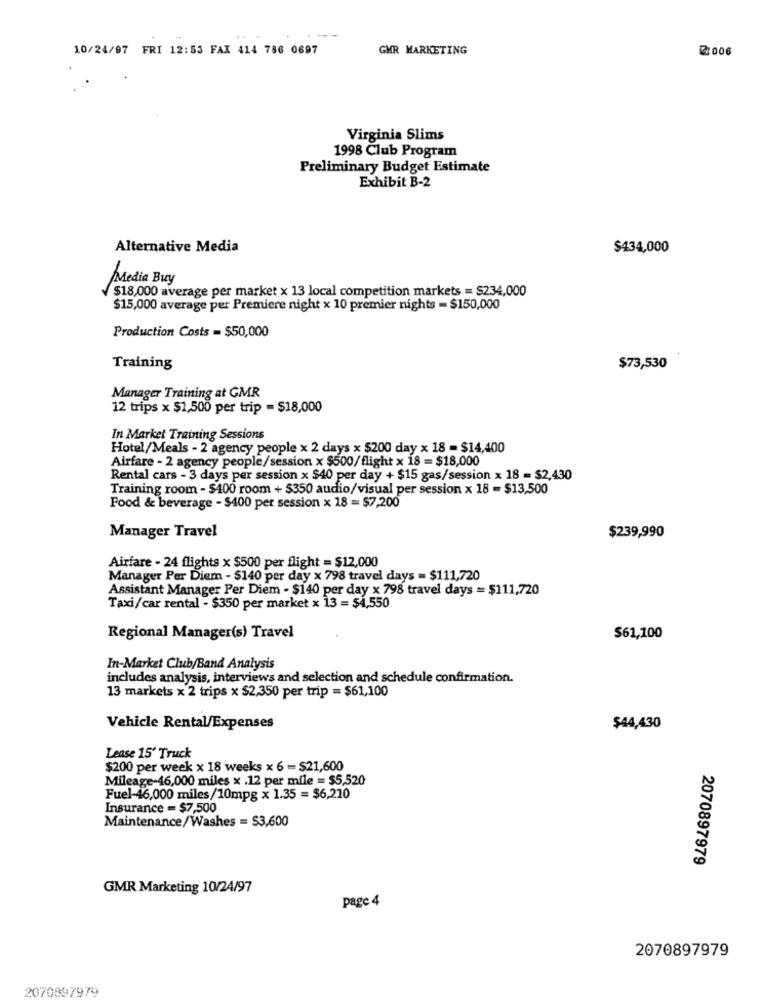
10/24/07 FRI 12:53 FAX 414 786 0697
GMR MARKETING
2:006
Virginia Slims
1998 Club Program
Preliminary Budget Estimate
Exhibit B-2
Alternative Media
$434,000
Media Buy
$18,000 average per market x 13 local competition markets = $234,000
$15,000 average per Premiere night x 10 premier nights - $150,000
Production Costs = $50,000
Training
$73,530
Manager Training at GMR
12 trips x $1,500 per trip = $18,000
In Market Training Sessions
Hotel/Meals - 2 agency people x 2 days x $200 day x 18 - $14,400
Airfare - 2 agency people/session x $500/flight x 18 = $18,000
Rental cars - 3 days per session x $40 per day + $15 gas/session x 18 = $2,430
Training room - $400 room + $350 audio/visual per session x 18 - $13,500
Food & beverage - $400 per session x 18 = $7,200
Manager Travel
$239,990
Airfare - 24 flights x $500 per flight = $12,000
Manager Per Diem - $140 per day x 798 travel days = $111,720
Assistant Manager Per Diem - $140 per day x 798 travel days = $111,720
Taxi/car rental - $350 per market x 13 = $4,550
Regional Manager(s) Travel
$61,100
In-Market Club/Band Analysis
includes analysis, interviews and selection and schedule confirmation.
13 markets x 2 trips x $2,350 per trip = $61,100
Vehicle Rental/Expenses
$44,430
Lease 15' Truck
$200 per week x 18 weeks x 6 = $21,600
Mileage-46,000 miles x .12 per mile = $5,520
Fuel-46,000 miles/10mpg x 1.35 = $6,210
Insurance = $7,500
Maintenance/Washes = $3,600
2070897979
GMR Marketing 10/24/97
page 4
2070897979
2070897979